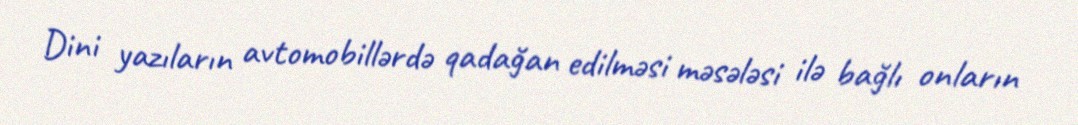
Dini yazıların avtomobillərdə qadağan edilməsi məsələsi ilə bağlı onların